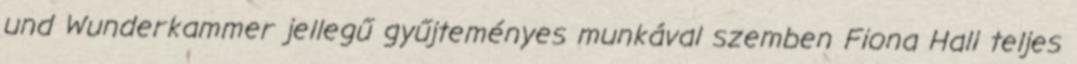
und Wunderkammer jellegű gyűjteményes munkával szemben Fiona Hall teljes